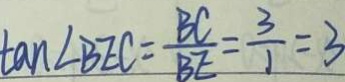
\tan \angle B E C = \frac { B C } { B E } = \frac { 3 } { 1 } = 3